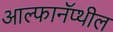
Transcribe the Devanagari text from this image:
आल्फानॅप्थील